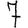
Digit: 7